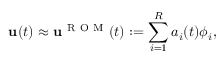
\mathbf { u } ( t ) \approx \mathbf { u } ^ { \mathrm { ~ R ~ O ~ M ~ } } ( t ) : = \sum _ { i = 1 } ^ { R } a _ { i } ( t ) \phi _ { i } ,